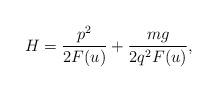
LaTeX: \begin{align*}H = \frac{p^2}{2F(u)} + \frac{mg}{2q^2F(u)}, \end{align*}